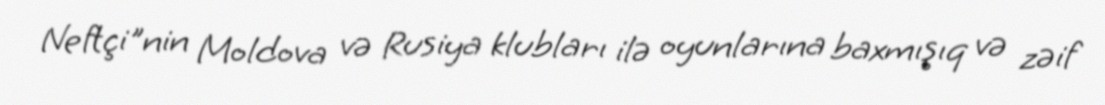
Neftçi"nin Moldova və Rusiya klubları ilə oyunlarına baxmışıq və zəif